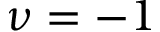
\nu = - 1